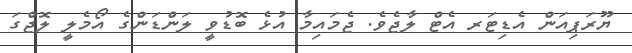
ޔޫރަޕިއަން އެޑިޓަރ އެޓް ލާޖެވެ. ޖެމައިމާ އުޅެ ބޮޑުވީ ލަންޑަންގެ އޯމެލީ ލޮޖްގަ